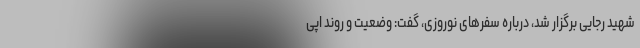
شهید رجایی برگزار شد، درباره سفرهای نوروزی، گفت: وضعیت و روند اپی